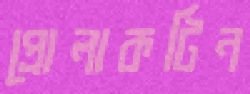
প্রোলাকটিন